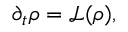
\partial _ { t } \rho = \mathcal { L } ( \rho ) ,